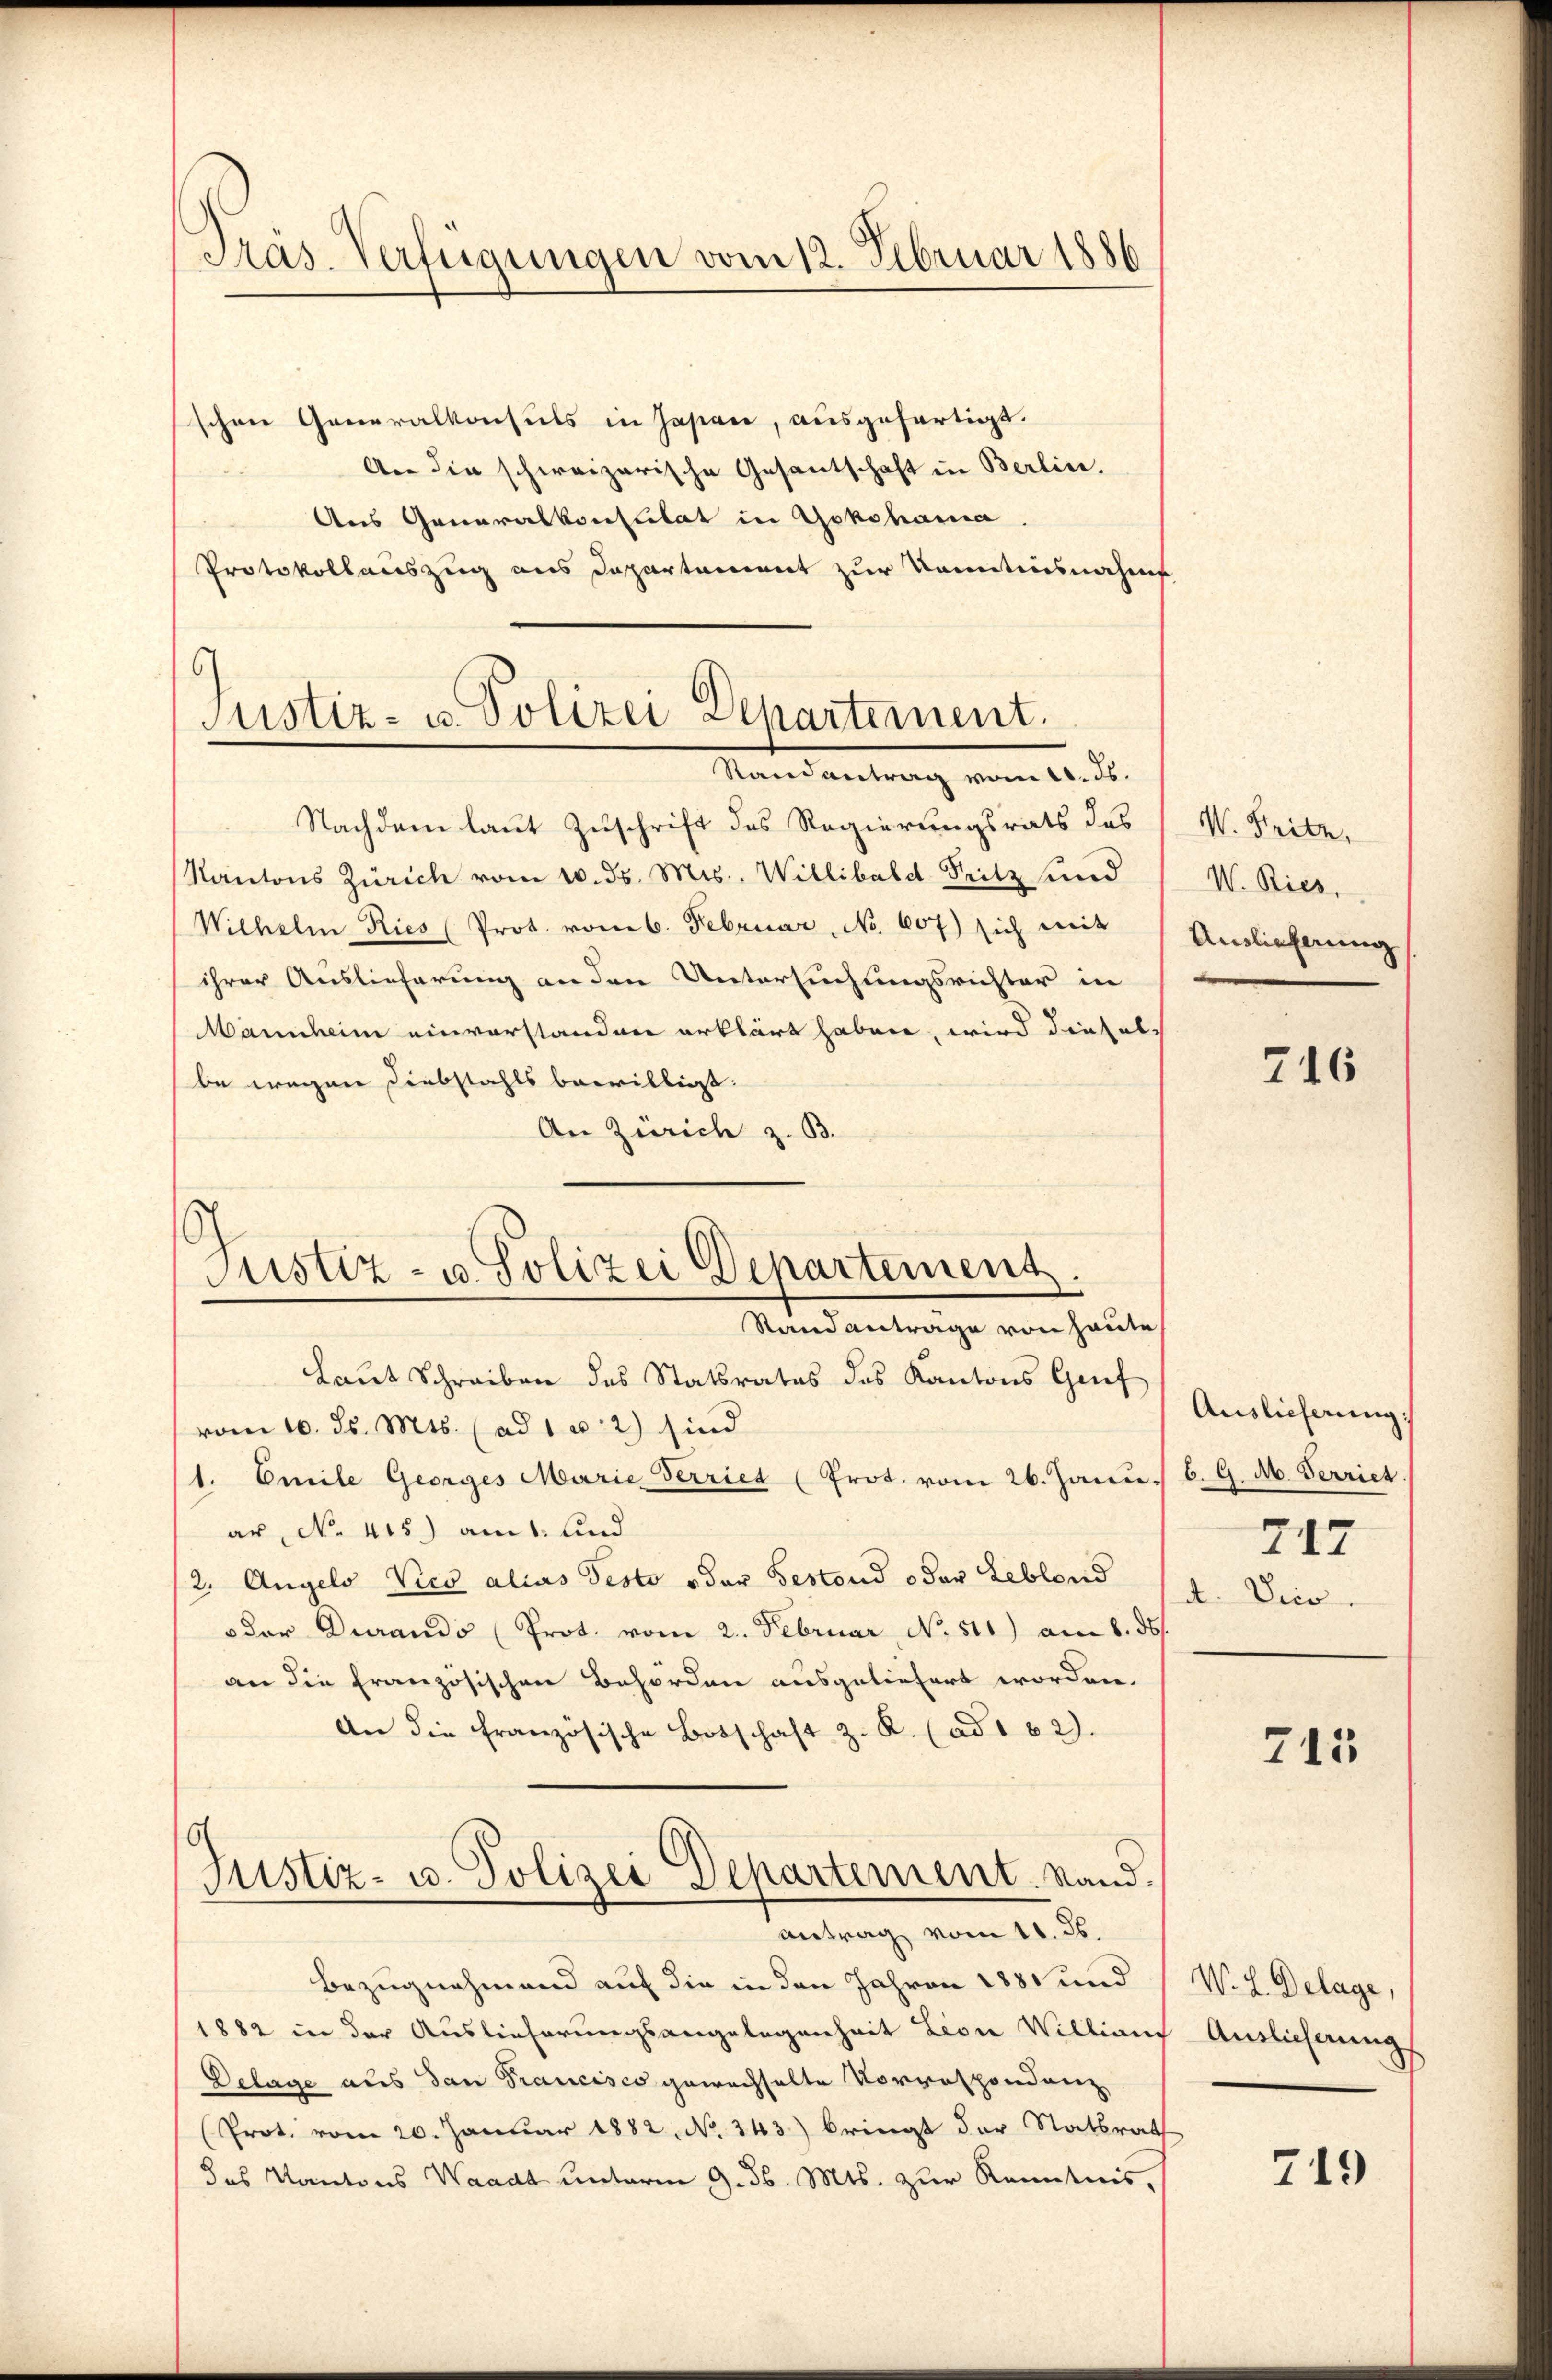
Präs-Verfügungen vom 12. Februar 1886

s
Justiz- u. Polizei Departement.
Mandantrag vom 22. d.

Justiz- u. Polizei Departement.

schen Generalkonsuls in Jasian, ausgefertigt.
An die schweizerische Gesantschaft in Berlin.
Aus Generalkonsulat in Yokohama
Protokollauszug aus Departement zur Kenntnisnahms
Nachdem laut Zuschrift des Regierungsrats des
Kantons Zürich vom 10. ds. Mts. Willibald Fritz und
Wilhelm Ries (Prot. vom 6. Februar, No 107) sich mit
ihrer Auslieferung an den Untersuchungsrichter in
Mannheim einverstanden erklärt haben, wird dieselbe wegen Diebstahls bewilligt:
An Zürich z. B.
Randanträge von heute
Laut Schreiben des Statsrates des Kantons Gruf
vom 10. ds. Mts. (ad 1 u. 2) sind
1. Emile Georges Marie Verriet (Prot. vom 26. Janu. 6. G. ab. Verriet.
ar No. 415) am 1. und
(2. Angels Vico alias Testo o der Bestand oder Leblond
oder Durands (Prot. vom 2. Februar No. 511) am 8. ds.
an die französischen Behörden ausgeliefert worden.
An die Französische Botschaft z. R. (ad 162.
Justiz- u. Polizei Departement. Stand.
Antrag vom 11. ds.
Bezugnahmend auf die in den Jahren 1881 und
1882 in der Auslieferungsangelegenheit Lion Willians
Delage als dan Francisco gewachselte Vorrespondenz
Prot. vom 20. Januar 1882, No. 243) bringt der Statsrat
das Kantons Waadt unterm 9. d. Mts. zur Kenntnis,

W. Seite,
V. Ries,
Auslieferung

716

Auslieferung:
717
d. Vico.

715

W. L. Delage,
Auslieferung

719